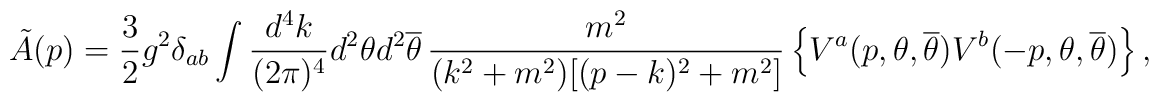
\tilde{A}(p) = \frac{3}{2} g^{2}\delta_{ab}  \int 	\frac{d^{4}k}{(2\pi)^{4}} d^{2}\theta d^{2}{\overline\theta} \, 	\frac{m^{2}}{(k^{2}+m^{2})[(p-k)^{2}+m^{2}]} 	\left\{ V^{a}(p,\theta,{\overline\theta}) 	V^{b}(-p,\theta,{\overline\theta}) \right\} ,